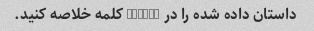
داستان داده شده را در 75-100 کلمه خلاصه کنید.